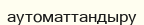
аутоматтандыру